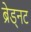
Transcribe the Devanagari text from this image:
ब्रेड्नट